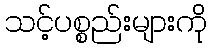
သင့်ပစ္စည်းများကို